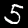
Digit: 5